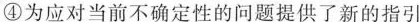
④为应对当前不确定性的问题提供了新的指引